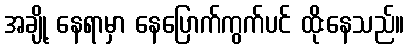
အချို့ နေရာမှာ နေပြောက်ကွက်ပင် ထိုးနေသည်။